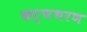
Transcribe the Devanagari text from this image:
कर्णभरण